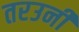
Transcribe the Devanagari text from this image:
तरउनी